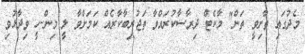
މެދުގައި ތާށިވީ ތަން" މާކެޓް ދިރާސާކުރައްވާ ތަޖުރިބާކާރެއް ކަމަށްވާ ލީ މިން-ހީ ވިދާޅުވި